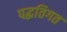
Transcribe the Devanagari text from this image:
पद्धतिगत